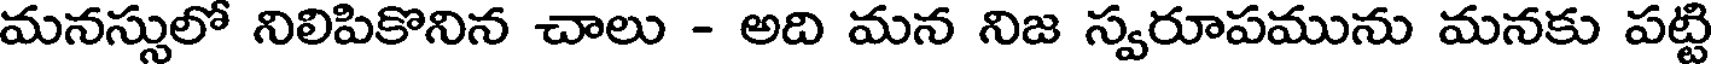
మనస్సులో నిలిపికొనిన చాలు - అది మన నిజ స్వరూపమును మనకు పట్టి